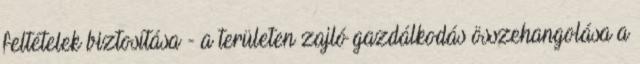
feltételek biztosítása - a területen zajló gazdálkodás összehangolása a